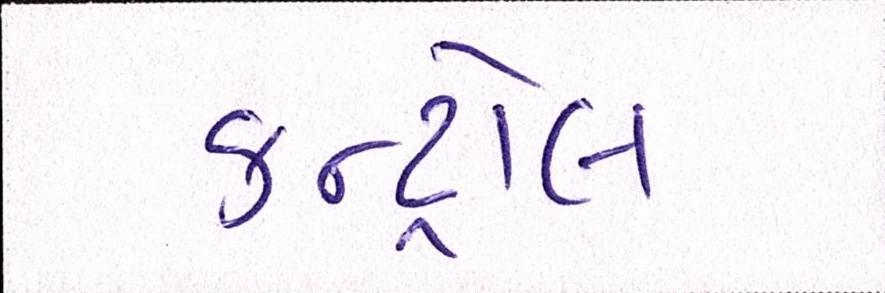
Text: કન્ટ્રોલ